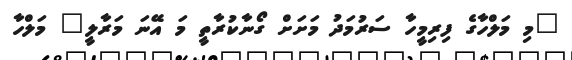
"މި މަލްހާގެ ފިރިމީހާ ސަރުމަދު މަށަށް ގޯނާކުރާތީ މަ އޭނަ މަރާލީ" މަލްހާ